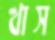
খাস